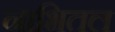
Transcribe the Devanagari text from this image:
नाभितल